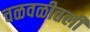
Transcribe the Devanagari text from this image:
चळवळीतली